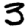
Digit: 3